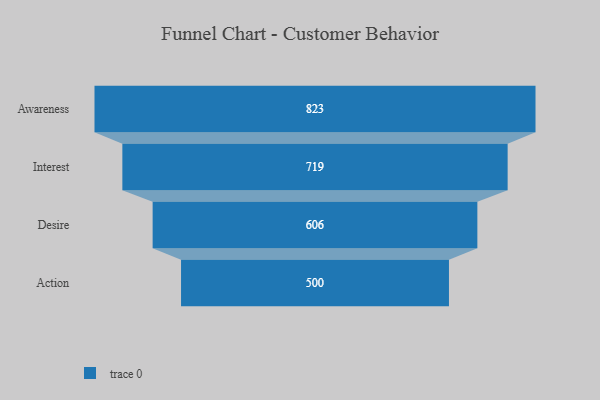
{"axis": {"x": "Stage", "y": "Value"}, "legend": [""], "data": [{"x": "Awareness", "y": 823.0, "type": ""}, {"x": "Interest", "y": 719.0, "type": ""}, {"x": "Desire", "y": 606.0, "type": ""}, {"x": "Action", "y": 500, "type": ""}]}